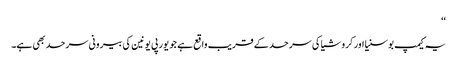
‘‘
یہ کیمپ بوسنیا اور کروشیا کی سرحد کے قریب واقع ہے جو یورپی یونین کی بیرونی سرحد بھی ہے۔